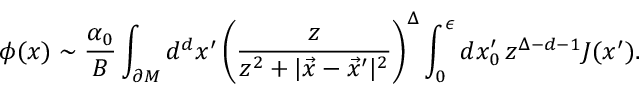
\phi ( x ) \sim { \frac { \alpha _ { 0 } } { B } } \int _ { \partial M } d ^ { d } x ^ { \prime } \left( \frac { z } { z ^ { 2 } + | \vec { x } - \vec { x } ^ { \prime } | ^ { 2 } } \right) ^ { \Delta } \int _ { 0 } ^ { \epsilon } d x _ { 0 } ^ { \prime } \, { z } ^ { \Delta - d - 1 } J ( x ^ { \prime } ) .